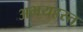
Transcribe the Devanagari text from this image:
अभयहस्त